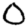
Digit: 0